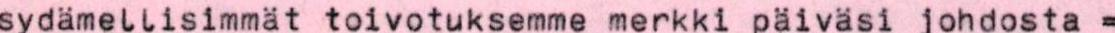
sydämellisimmät toivotuksemme merkki päiväsi johdosta =